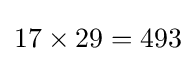
17\times 29=493